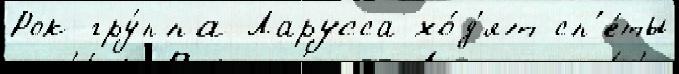
Рок-гру́ппа Ларусса хо́д'ят сп'е́ты